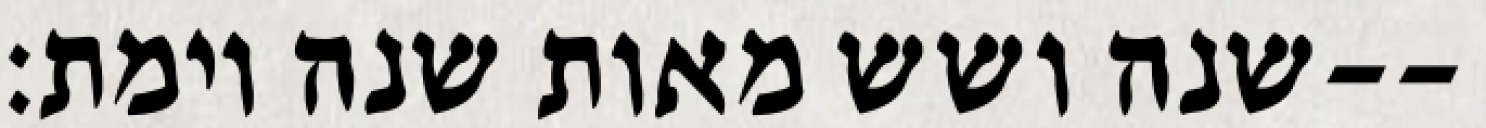
שנה ושש מאות שנה וימת׃--